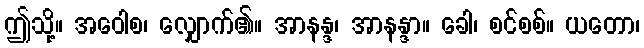
ဤသို့။ အဝေါစ၊ လျှောက်၏။ အာနန္ဒ၊ အာနန္ဒာ။ ခေါ၊ စင်စစ်။ ယတော၊